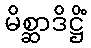
မိစ္ဆာဒိဋ္ဌိံ